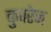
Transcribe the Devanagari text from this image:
कुपरेज